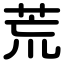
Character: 荒